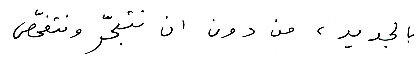
بالجديد ، من دون أن نتبحّر ونتفحّص